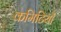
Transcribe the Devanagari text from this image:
कमिटियों